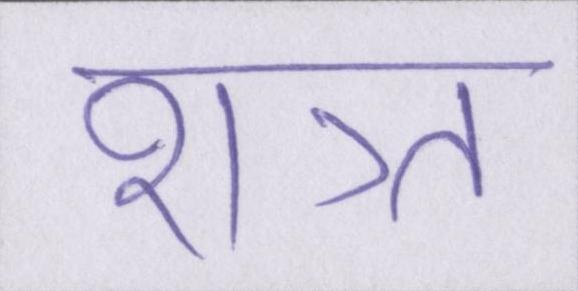
शत्र्त